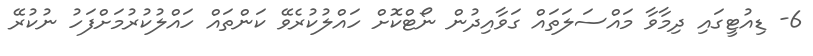
6- ޑިއުޓީގައި ދިމާވާ މައްސަލަތައް ގަވާއިދުން ނޯޓްކޮށް ހައްލުކުރެވޭ ކަންތައް ހައްލުކުރުމަށްފަހު ނުކުރޭ